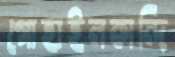
গোহাইলকান্দি